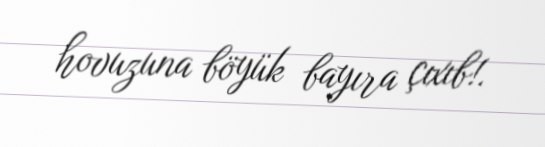
hovuzuna böyük bayıra çıxıb!.